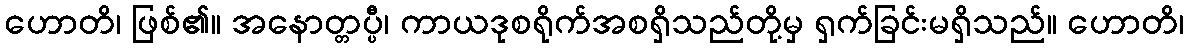
ဟောတိ၊ ဖြစ်၏။ အနောတ္တပ္ပီ၊ ကာယဒုစရိုက်အစရှိသည်တို့မှ ရှက်ခြင်းမရှိသည်။ ဟောတိ၊